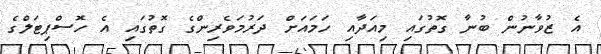
އެ ޒުވާނުން ބުނާ ގޮތުގައި މިއަދާއި ހަމައަށް ދަރުމަވެރިންގެ ގޮތުގައި އެ ހޮސްޕިޓަލްގެ